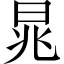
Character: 晁